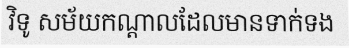
វិទូ សម័យកណ្តាលដែលមានទាក់ទង